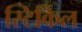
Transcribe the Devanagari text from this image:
स्टिकिल